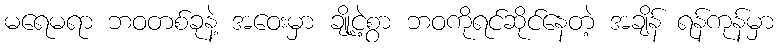
မရေမရာ ဘဝတစ်ခုနဲ့ အဝေးမှာ ချို့ငဲ့စွာ ဘဝကိုရင်ဆိုင်နေတဲ့ အချိန် ရန်ကုန်မှာ